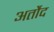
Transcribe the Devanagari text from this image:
अर्तौद